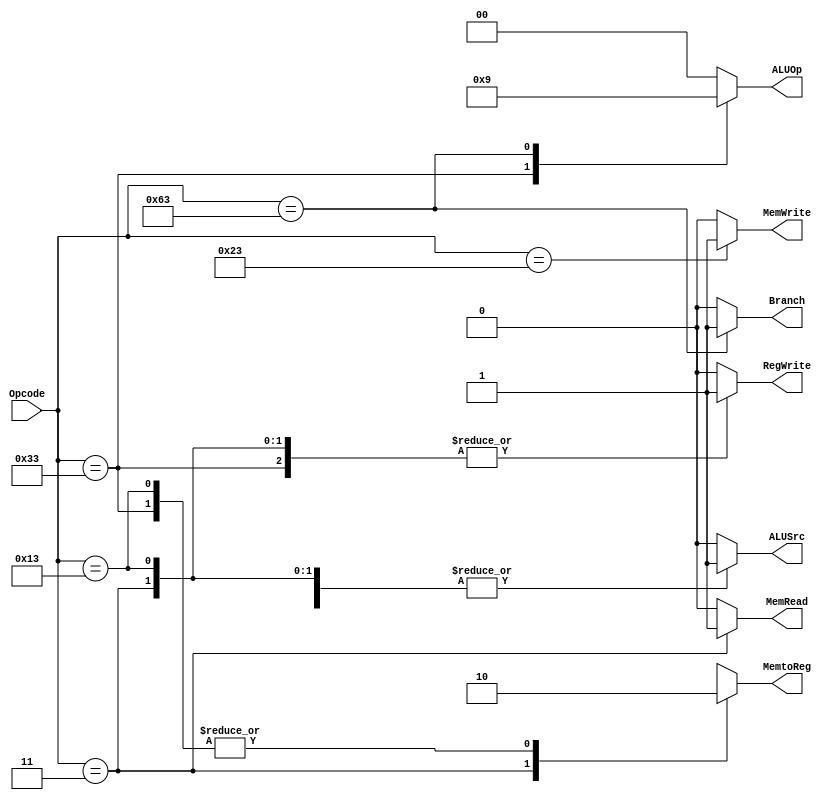
`timescale 1ns / 1ps
//////////////////////////////////////////////////////////////////////////////////
// Company: 
// Engineer: 
// 
// Design Name: 
// Module Name: Control_Unit
// Project Name: 
// Target Devices: 
// Tool Versions: 
// Description: 
// 
// Dependencies: 
// 
// Revision:
// Revision 0.01 - File Created
// Additional Comments:
// 
//////////////////////////////////////////////////////////////////////////////////


module Control_Unit
(
	input [6:0] Opcode,
	output reg Branch, MemRead, MemtoReg, MemWrite, ALUSrc, RegWrite, 
	output reg [1:0] ALUOp
);

	always @ (Opcode)
	begin
		case (Opcode)
			7'b0110011: //R type
				begin
					Branch = 0;
					MemRead = 0;
					MemtoReg = 0;
					MemWrite = 0;
					ALUSrc = 0;
					RegWrite = 1;
					ALUOp = 2'b10;
				end
			7'b0000011: //ld
				begin
					Branch = 0;
					MemRead = 1;
					MemtoReg = 1;
					MemWrite = 0;
					ALUSrc = 1;
					RegWrite = 1;
					ALUOp = 2'b00;
				end
			7'b0010011: //addi
				begin
					Branch = 0;
					MemRead = 0;
					MemtoReg = 0;
					MemWrite = 0;
					ALUSrc = 1;
					RegWrite = 1;
					ALUOp = 2'b00;
				end
			7'b0100011: // I type SD
				begin
					Branch = 0;
					MemRead = 0;
					MemtoReg = 1'bx;
					MemWrite = 1;
					ALUSrc = 1;
					RegWrite = 0;
					ALUOp = 2'b00;
				end
			7'b1100011:  //SB
				begin
					Branch = 1;
					MemRead = 0;
					MemtoReg = 1'bx;
					MemWrite = 0;
					ALUSrc = 0;
					RegWrite = 0;
					ALUOp = 2'b01;
				end
			default:
			begin
			        Branch = 0;
					MemRead = 0;
					MemtoReg = 1'bx;
					MemWrite = 0;
					ALUSrc = 0;
					RegWrite = 0;
					ALUOp = 2'b00;
			end
		endcase
	end

endmodule